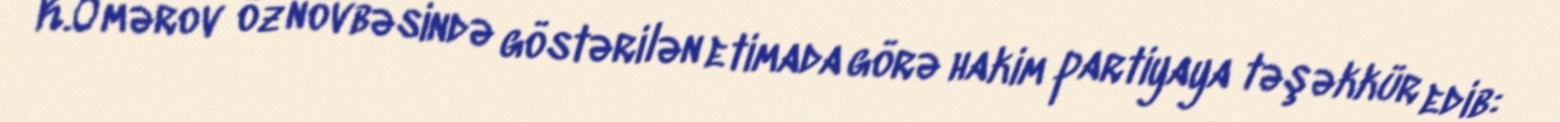
K.Ömərov öz növbəsində göstərilən etimada görə hakim partiyaya təşəkkür edib: